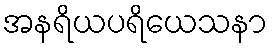
အနရိယပရိယေသနာ